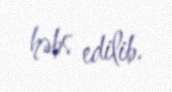
həbs edilib.